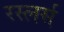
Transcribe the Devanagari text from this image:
रस्लर्स